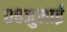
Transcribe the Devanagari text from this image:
०८जुलाई